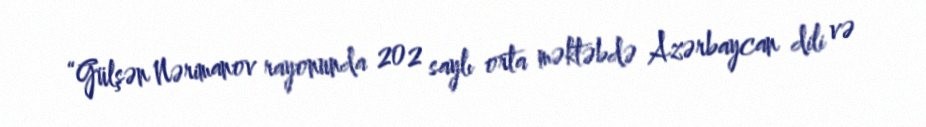
“Gülşən Nərimanov rayonunda 202 saylı orta məktəbdə Azərbaycan dili və